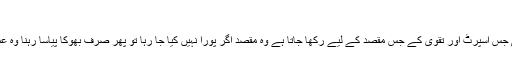
‘‘، (صحیح بخاری، رقم 1804)
یہ روایت صاف بیان کرتی ہے کہ روزہ اطاعت کی جس اسپرٹ اور تقویٰ کے جس مقصد کے لیے رکھا جاتا ہے وہ مقصد اگر پورا نہیں کیا جا رہا تو پھر صرف بھوکا پیاسا رہنا وہ عمل نہیں جو اللہ تعالیٰ کو اپنے بندوں سے مقصود ہو۔